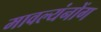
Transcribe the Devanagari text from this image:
मावल्यंनोंग